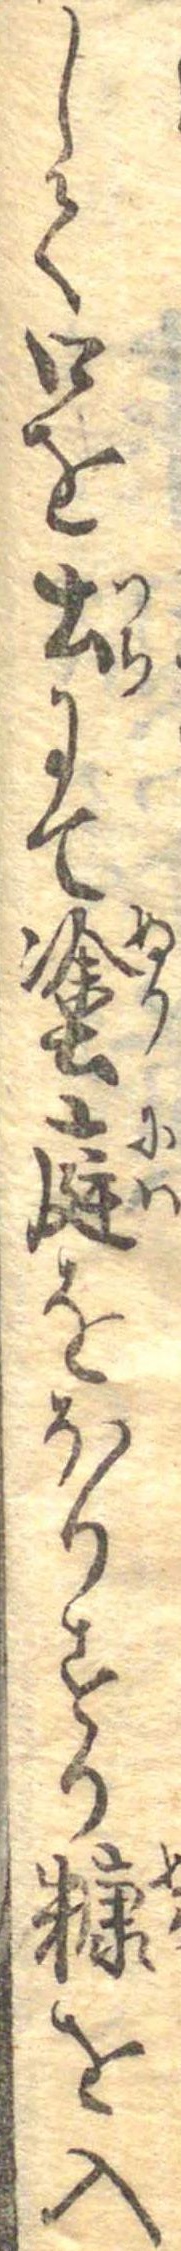
して口を土にて塗庭をほりすり糠を入